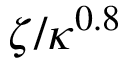
\zeta / \kappa ^ { 0 . 8 }